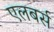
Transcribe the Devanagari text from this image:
एलबर्स